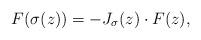
LaTeX: \begin{align*} F(\sigma(z)) = -J_\sigma(z) \cdot F(z),\end{align*}